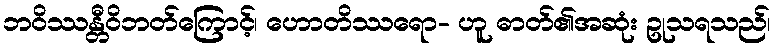
ဘဝိဿန္တီဝိဘတ်ကြောင့်၊ ဟောတိဿရော- ဟူ ဓာတ်၏အဆုံး ဥုသရသည်၊